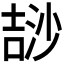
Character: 𣻅